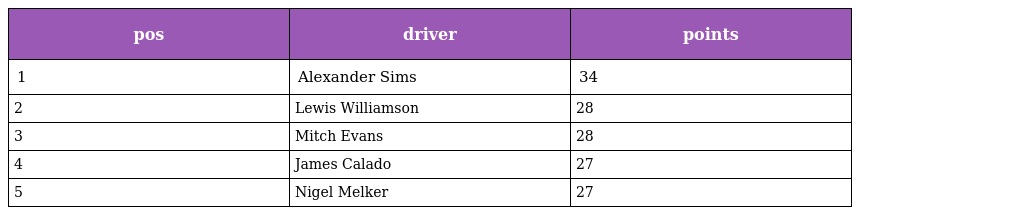
| pos | driver | points |
 | --- | --- | --- |
 | 1 | Alexander Sims | 34 |
 | 2 | Lewis Williamson | 28 |
 | 3 | Mitch Evans | 28 |
 | 4 | James Calado | 27 |
 | 5 | Nigel Melker | 27 |